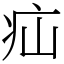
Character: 疝